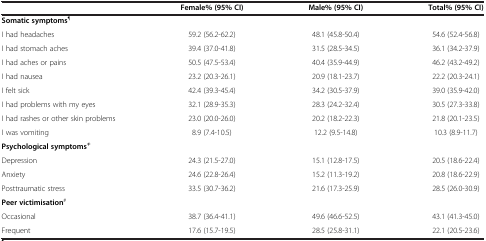
<table><thead><tr><td><b> </b></td><td><b>Female% (95% CI)</b></td><td><b>Male% (95% CI)</b></td><td><b>Total% (95% CI)</b></td></tr></thead><tbody><tr><td colspan="4"><b>Somatic symptoms</b><sup>¶</sup></td></tr><tr><td>I had headaches</td><td>59.2 (56.2-62.2)</td><td>48.1 (45.8-50.4)</td><td>54.6 (52.4-56.8)</td></tr><tr><td>I had stomach aches</td><td>39.4 (37.0-41.8)</td><td>31.5 (28.5-34.5)</td><td>36.1 (34.2-37.9)</td></tr><tr><td>I had aches or pains</td><td>50.5 (47.5-53.4)</td><td>40.4 (35.9-44.9)</td><td>46.2 (43.2-49.2)</td></tr><tr><td>I had nausea</td><td>23.2 (20.3-26.1)</td><td>20.9 (18.1-23.7)</td><td>22.2 (20.3-24.1)</td></tr><tr><td>I felt sick</td><td>42.4 (39.3-45.4)</td><td>34.2 (30.5-37.9)</td><td>39.0 (35.9-42.0)</td></tr><tr><td>I had problems with my eyes</td><td>32.1 (28.9-35.3)</td><td>28.3 (24.2-32.4)</td><td>30.5 (27.3-33.8)</td></tr><tr><td>I had rashes or other skin problems</td><td>23.0 (20.0-26.0)</td><td>20.2 (18.2-22.3)</td><td>21.8 (20.1-23.5)</td></tr><tr><td>I was vomiting</td><td>8.9 (7.4-10.5)</td><td>12.2 (9.5-14.8)</td><td>10.3 (8.9-11.7)</td></tr><tr><td colspan="4"><b>Psychological symptoms</b><sup>≠</sup></td></tr><tr><td>Depression</td><td>24.3 (21.5-27.0)</td><td>15.1 (12.8-17.5)</td><td>20.5 (18.6-22.4)</td></tr><tr><td>Anxiety</td><td>24.6 (22.8-26.4)</td><td>15.2 (11.3-19.2)</td><td>20.8 (18.6-22.9)</td></tr><tr><td>Posttraumatic stress</td><td>33.5 (30.7-36.2)</td><td>21.6 (17.3-25.9)</td><td>28.5 (26.0-30.9)</td></tr><tr><td colspan="4"><b>Peer victimisation</b><sup>#</sup></td></tr><tr><td>Occasional</td><td>38.7 (36.4-41.1)</td><td>49.6 (46.6-52.5)</td><td>43.1 (41.3-45.0)</td></tr><tr><td>Frequent</td><td>17.6 (15.7-19.5)</td><td>28.5 (25.8-31.1)</td><td>22.1 (20.5-23.6)</td></tr></tbody></table>